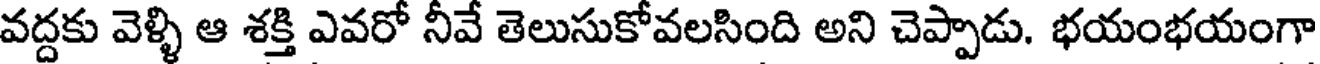
వద్దకు వెళ్ళి ఆ శక్తి ఎవరో నీవే తెలుసుకోవలసింది అని చెప్పాడు. భయంభయంగా